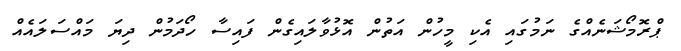
ޕްރޮމޯޝަނެއްގެ ނަމުގައި އެކި މީހުން އަތުން އޮޅުވާލައިގެން ފައިސާ ހޯދަމުން ދިޔަ މައްސަލައެއް